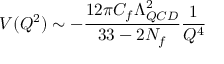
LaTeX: V ( Q ^ { 2 } ) \sim - { \frac { 1 2 \pi C _ { f } \Lambda _ { Q C D } ^ { 2 } } { 3 3 - 2 N _ { f } } } { \frac { 1 } { Q ^ { 4 } } }